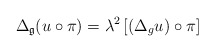
\begin{align*}\Delta_{\mathfrak{g}}(u\circ\pi)=\lambda^{2}\left[ (\Delta_{g}u)\circ\pi\right]\end{align*}